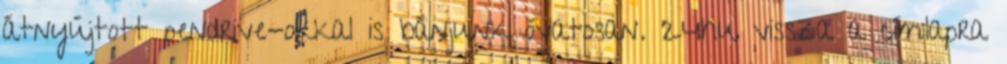
átnyújtott pendrive-okkal is bánjunk óvatosan. 24hu vissza a címlapra